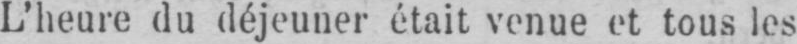
L’heure du déjeuner était venue et tous les